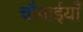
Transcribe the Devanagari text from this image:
चौपाईयाँ